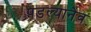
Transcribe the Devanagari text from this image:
पडल्यानेव